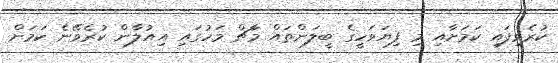
ކުރެވިފައި ކަމަށާއި މި ފިޔަވަހީގެ ބީލަންތައް މާޗް މަހުގައި އިއުލާން ކުރެވޭނެ ކަމަށް